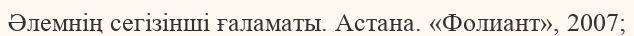
Әлемнің сегізінші ғаламаты. Астана. «Фолиант», 2007;